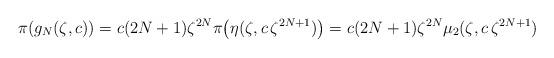
LaTeX: \begin{align*}\pi(g_N(\zeta,c)) = c (2N+1)\zeta^{2N} \pi\bigl( \eta(\zeta,c\, \zeta^{2N+1})\bigr) = c (2N+1)\zeta^{2N} \mu_2(\zeta,c\, \zeta^{2N+1})\end{align*}